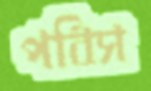
পবিস